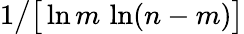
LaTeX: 1{\big/}{\big[}\ln m\, \ln(n-m){\big]}